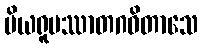
ပိယရူပဿာတဂဓိတာသေ